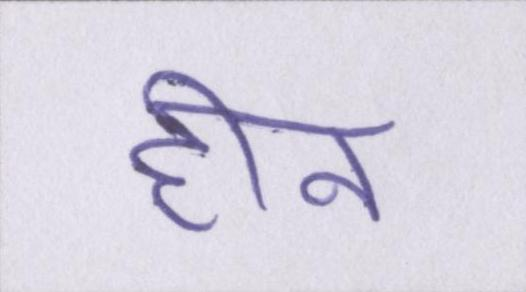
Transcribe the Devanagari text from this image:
हीन